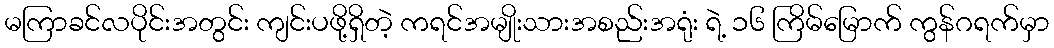
မကြာခင်လပိုင်းအတွင်း ကျင်းပဖို့ရှိတဲ့ ကရင်အမျိုးသားအစည်းအရုံး ရဲ့ ၁၆ ကြိမ်မြောက် ကွန်ဂရက်မှာ